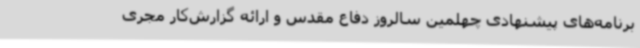
برنامه‌های پیشنهادی چهلمین سالروز دفاع مقدس و ارائه گزارش‌کار مجری